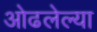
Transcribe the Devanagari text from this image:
ओढलेल्या